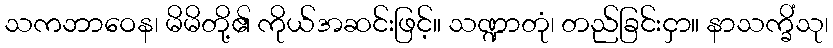
သကဘာဝေန၊ မိမိတို့၏ ကိုယ်အဆင်းဖြင့်။ သဏ္ဍာတုံ၊ တည်ခြင်းငှာ။ နာသက္ခိံသု၊